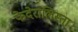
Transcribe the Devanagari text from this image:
फेदेरालिस्ता